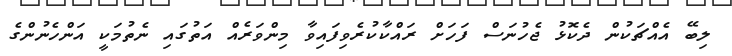
ލިބޭ އެއްޗަކުން ދެކޮޅު ޖެހުނަސް ފަހަށް ރައްކާކުރެވިފައިވާ މިންވަރެއް އަތުގައި ނެތުމަކީ އަންހެނުންގެ